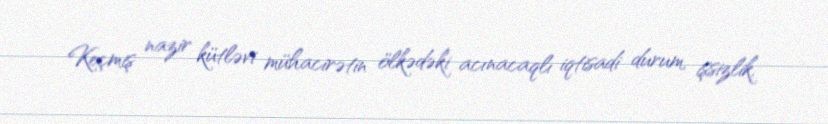
Keçmiş nazir kütləvi mühacirətin ölkədəki acınacaqlı iqtisadi durum, işsizlik,